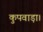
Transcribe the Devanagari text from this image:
कुपवाड़ा।